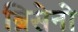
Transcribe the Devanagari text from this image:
ब्रिसेनो